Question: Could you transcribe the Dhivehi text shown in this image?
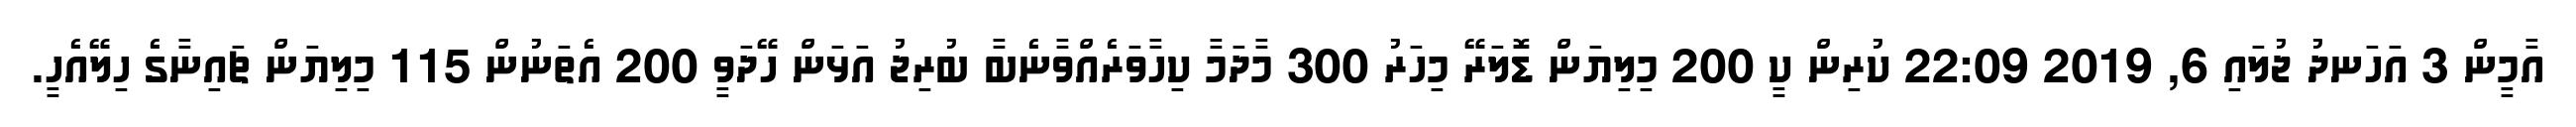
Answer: އާމީން 3 އަހަނދު ޖުލައި 6, 2019 22:09 ކުރިން ކީ 200 މިލިޔަން ޑޮލަރޭ މިހަރު 300 މާދަމާ ކިހާވަރެއްވާނެބާ ބުރިޖު އަޅަން ހޭދަވީ 200 އެތަނުން 115 މިލިޔަން ޗައިނާގެ ހިލޭއެހީ.